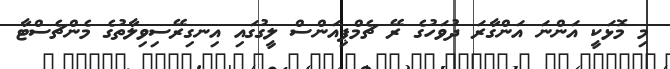
މި މޮޅަކީ އަންނަ އަންގާރަ ދުވަހުގެ ރޭ ޗެމްޕިއަންސް ލީގުގައި އިނގިރޭސިވިލާތުގެ މެންޗެސްޓާ